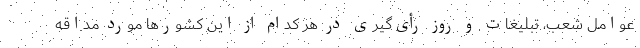
عوامل شعب، تبلیغات و روز رأی‌گیری در هر کدام از این کشورها مورد مداقه